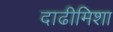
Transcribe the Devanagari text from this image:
दाढीमिशा